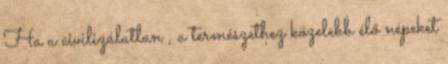
Ha a civilizálatlan , a természethez közelebb élő népeket